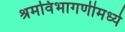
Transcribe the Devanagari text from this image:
श्रमविभागणीमध्ये